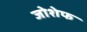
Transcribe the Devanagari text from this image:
जोशेफ